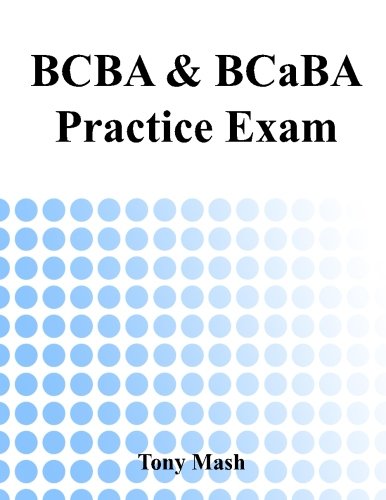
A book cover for BCBA and BCaBA Practice Exam; Tony Mash; Science & Math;